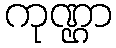
ကုဏ္ဌာ